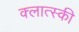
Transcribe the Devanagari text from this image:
क्लात्स्की